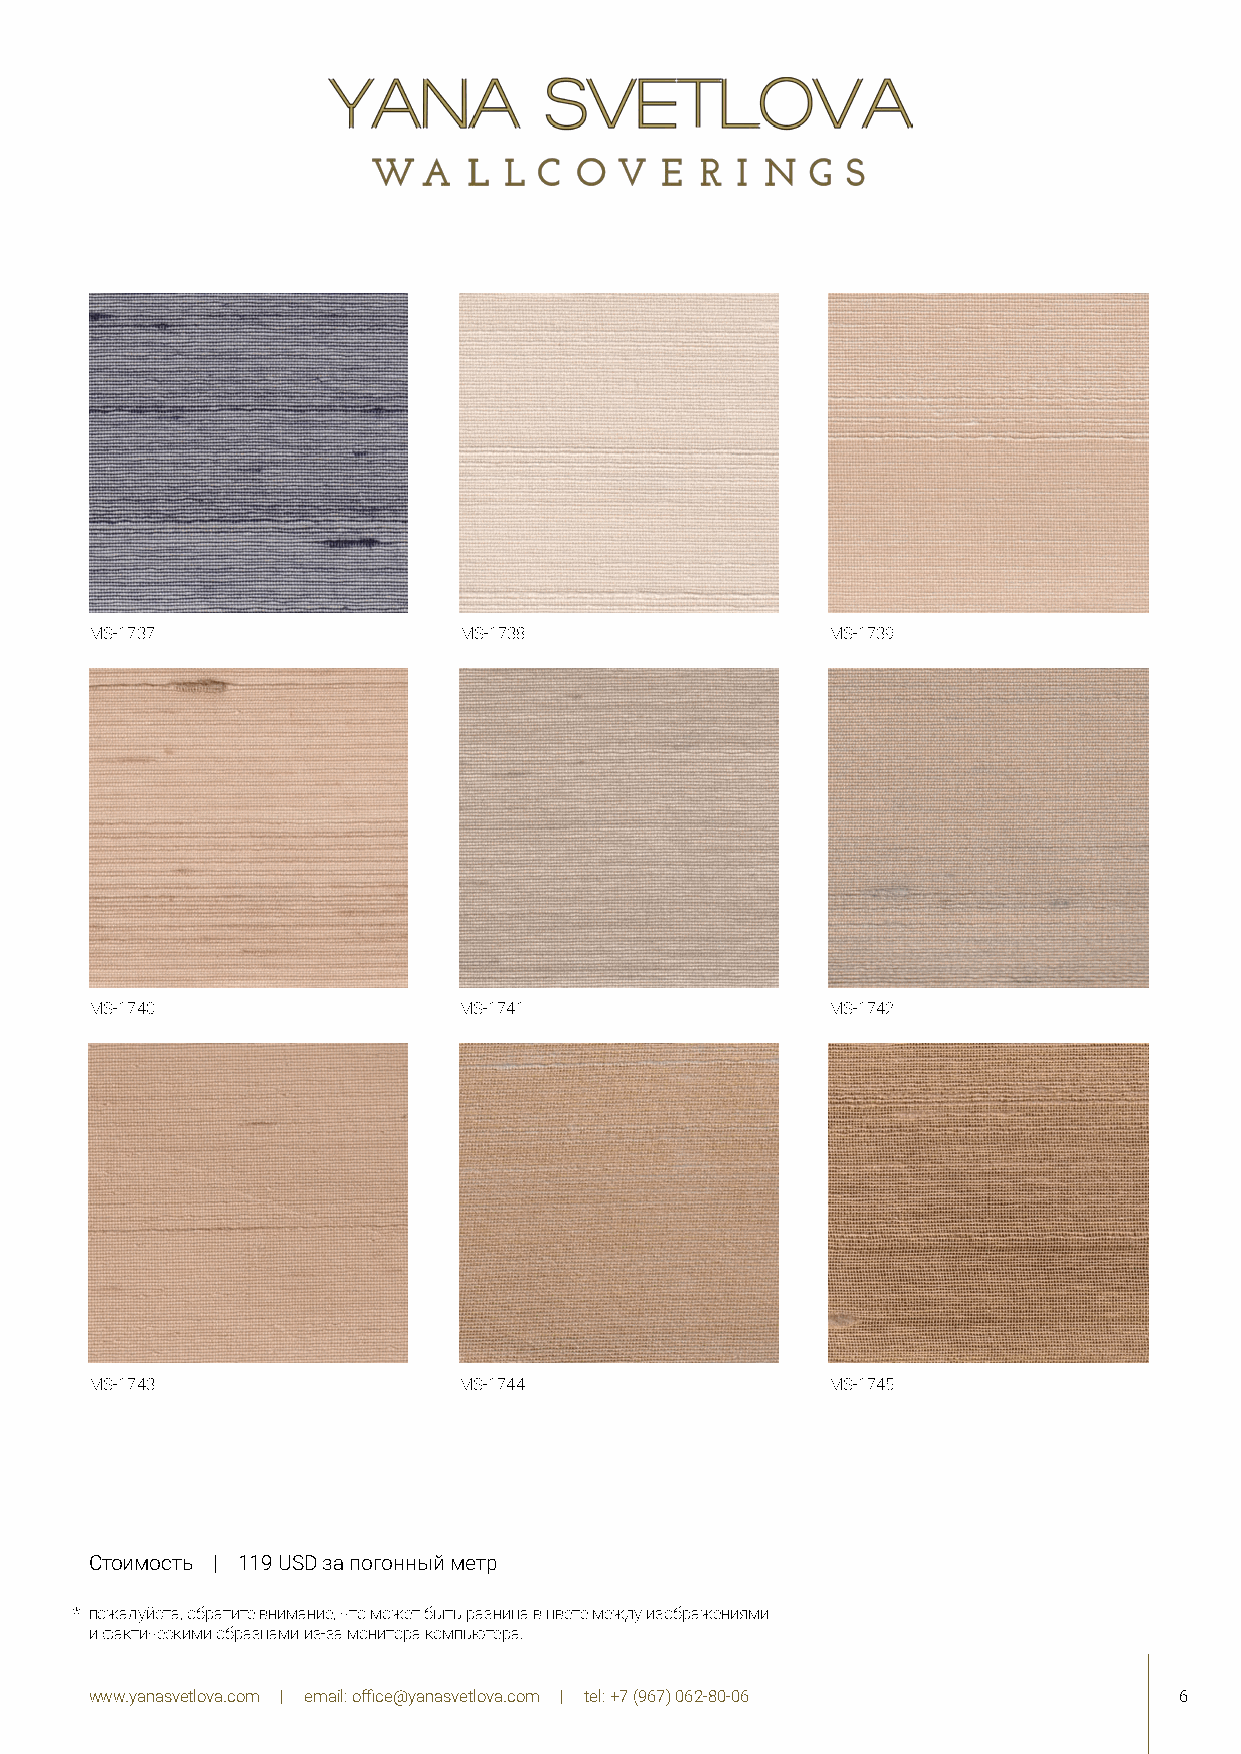
MS-1737                 MS-1738                  MS-1739
 MS-1740                 MS-1741                  MS-1742
 MS-1743                 MS-1744                  MS-1745
 Стоимость | 119 USD за погонный метр
 * пожалуйста, обратите внимание, что может быть разница в цвете между изображениями
 и фактическими образцами из-за монитора компьютера.
 www.yanasvetlova.com | email: office@yanasvetlova.com | tel: +7 (967) 062-80-06 6